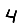
Digit: 4